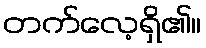
တက်လေ့ရှိ၏။